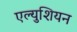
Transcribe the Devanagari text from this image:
एल्युशियन